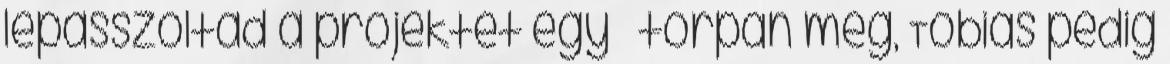
lepasszoltad a projektet egy – torpan meg, Tobias pedig